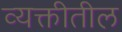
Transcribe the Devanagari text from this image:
व्यक्तीतील